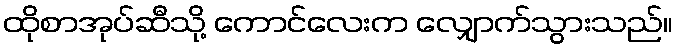
ထိုစာအုပ်ဆီသို့ ကောင်လေးက လျှောက်သွားသည်။